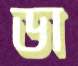
ডা